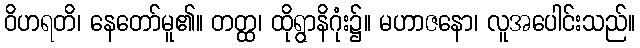
ဝိဟရတိ၊ နေတော်မူ၏။ တတ္ထ၊ ထိုရွာနိဂုံး၌။ မဟာဇနော၊ လူအပေါင်းသည်။